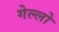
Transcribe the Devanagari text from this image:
गेल्‍लो